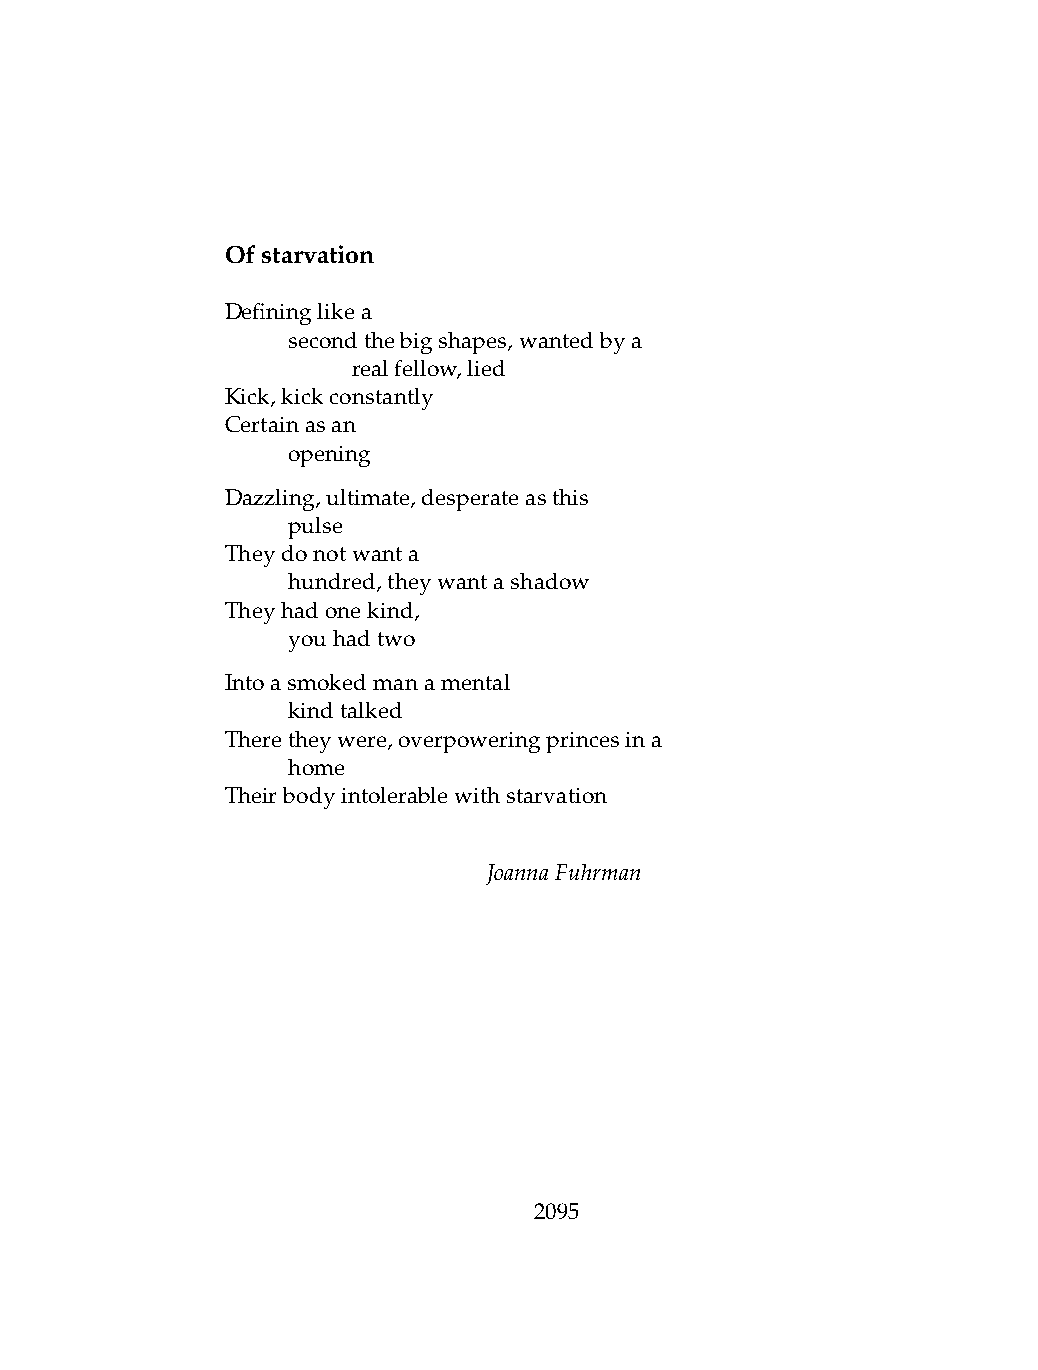
Ofstarvation
 Defininglikea
 .   secondthebigshapes,wantedbya
 .   .   realfellow,lied
 Kick,kickconstantly
 Certainasan
 .   opening
 Dazzling,ultimate,desperateasthis
 .   pulse
 Theydonotwanta
 .   hundred,theywantashadow
 Theyhadonekind,
 .   youhadtwo
 Intoasmokedmanamental
 .   kindtalked
 Theretheywere,overpoweringprincesina
 .   home
 Theirbodyintolerablewithstarvation
 JoannaFuhrman
 2095